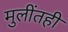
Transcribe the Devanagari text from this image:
मुलींतही